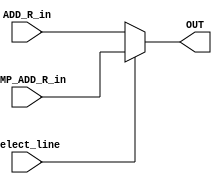
`timescale 1ns / 1ps
//////////////////////////////////////////////////////////////////////////////////
// Company: 
// Engineer: 
// 
// Design Name: 
// Module Name:    MUX2_1 
// Project Name: 
// Target Devices: 
// Tool versions: 
// Description: 
//
// Dependencies: 
//
// Revision: 
// Revision 0.01 - File Created
// Additional Comments: 
//
//////////////////////////////////////////////////////////////////////////////////
module MUX2_1(
    input [7:0] ADD_R_in,
    input [7:0] TEMP_ADD_R_in,
    input Select_line,
    output [7:0] OUT
    );
	assign OUT = (Select_line == 1'b0)	?	ADD_R_in			:
					 (Select_line == 1'b1)	?	TEMP_ADD_R_in	:	1'bx;

endmodule